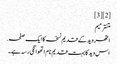
[2][3]
متنترمیم
اتھر وید کے قدیم نسخہ کا ایک صفحہ.
اس وید کا بہت قدیم نام اتھوانگی رسہ ہے۔